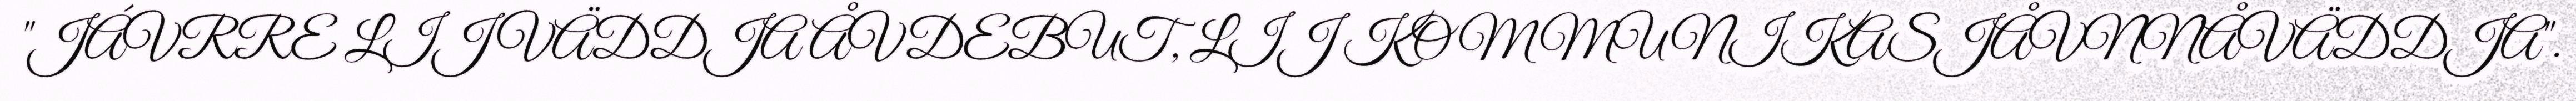
"JÁVRRE LIJ VÄDDJA ÅVDEBUT, LIJ KOMMUNIKASJÅVNNÅVÄDDJA".